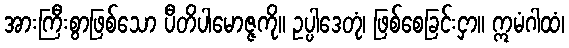
အားကြီးစွာဖြစ်သော ပီတိပါမောဇ္ဇကို။ ဥပ္ပါဒေတုံ၊ ဖြစ်စေခြင်းငှာ။ ဣမံဂါထံ၊